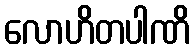
လောဟိတပါဏိ